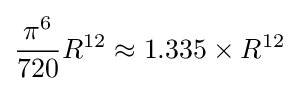
{\frac {\pi ^{6}}{720}}R^{12}\approx 1.335\times R^{12}